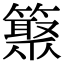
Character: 𥵫